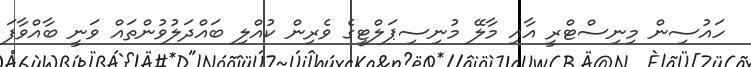
ހައުސިން މިނިސްޓްރީ އާއި މާލޭ މުނިސިޕަލްޓީގެ ވެރިން ކުއްލި ބައްދަލުވުންތައް ވަނީ ބާއްވާފަ